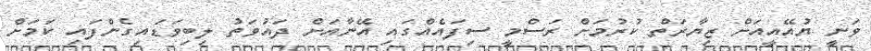
ވަނީ ޔުއޭއީއަށް ޒިޔާރަތް ކުރުމަށް ރަސްމީ ސިފައެއްގައި އޭނާއަށް ދައުވަތު ލިބިވަޑައިގެންފައި ކަމަށް